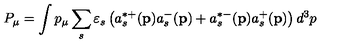
P _ { \mu } = \int p _ { \mu } \sum _ { s } \varepsilon _ { s } \left( a _ { s } ^ { * + } ( \mathbf { p } ) a _ { s } ^ { - } ( \mathbf { p } ) + a _ { s } ^ { * - } ( \mathbf { p } ) a _ { s } ^ { + } ( \mathbf { p } ) \right) d ^ { 3 } p